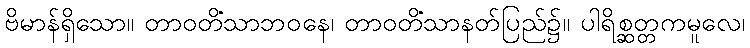
ဗိမာန်ရှိသော။ တာဝတိံသာဘဝနေ၊ တာဝတိံသာနတ်ပြည်၌။ ပါရိစ္ဆတ္တကမူလေ၊